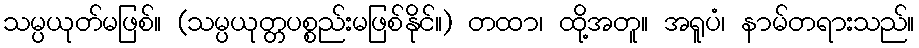
သမ္ပယုတ်မဖြစ်။ (သမ္ပယုတ္တပစ္စည်းမဖြစ်နိုင်။) တထာ၊ ထို့အတူ။ အရူပံ၊ နာမ်တရားသည်။